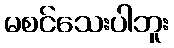
မစင်သေးပါဘူး